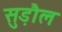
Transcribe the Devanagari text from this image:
सुड़ौल